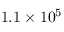
1 . 1 \times 1 0 ^ { 5 }